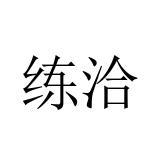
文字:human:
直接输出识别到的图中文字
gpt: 练洽